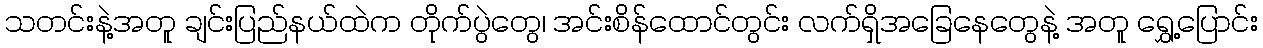
သတင်းနဲ့အတူ ချင်းပြည်နယ်ထဲက တိုက်ပွဲတွေ၊ အင်းစိန်ထောင်တွင်း လက်ရှိအခြေနေတွေနဲ့ အတူ ရွှေ့ပြောင်း